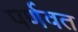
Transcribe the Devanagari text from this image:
पर्णवत